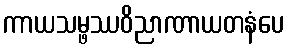
ကာယသမ္ဖဿဝိညာဏာယတနံပေ